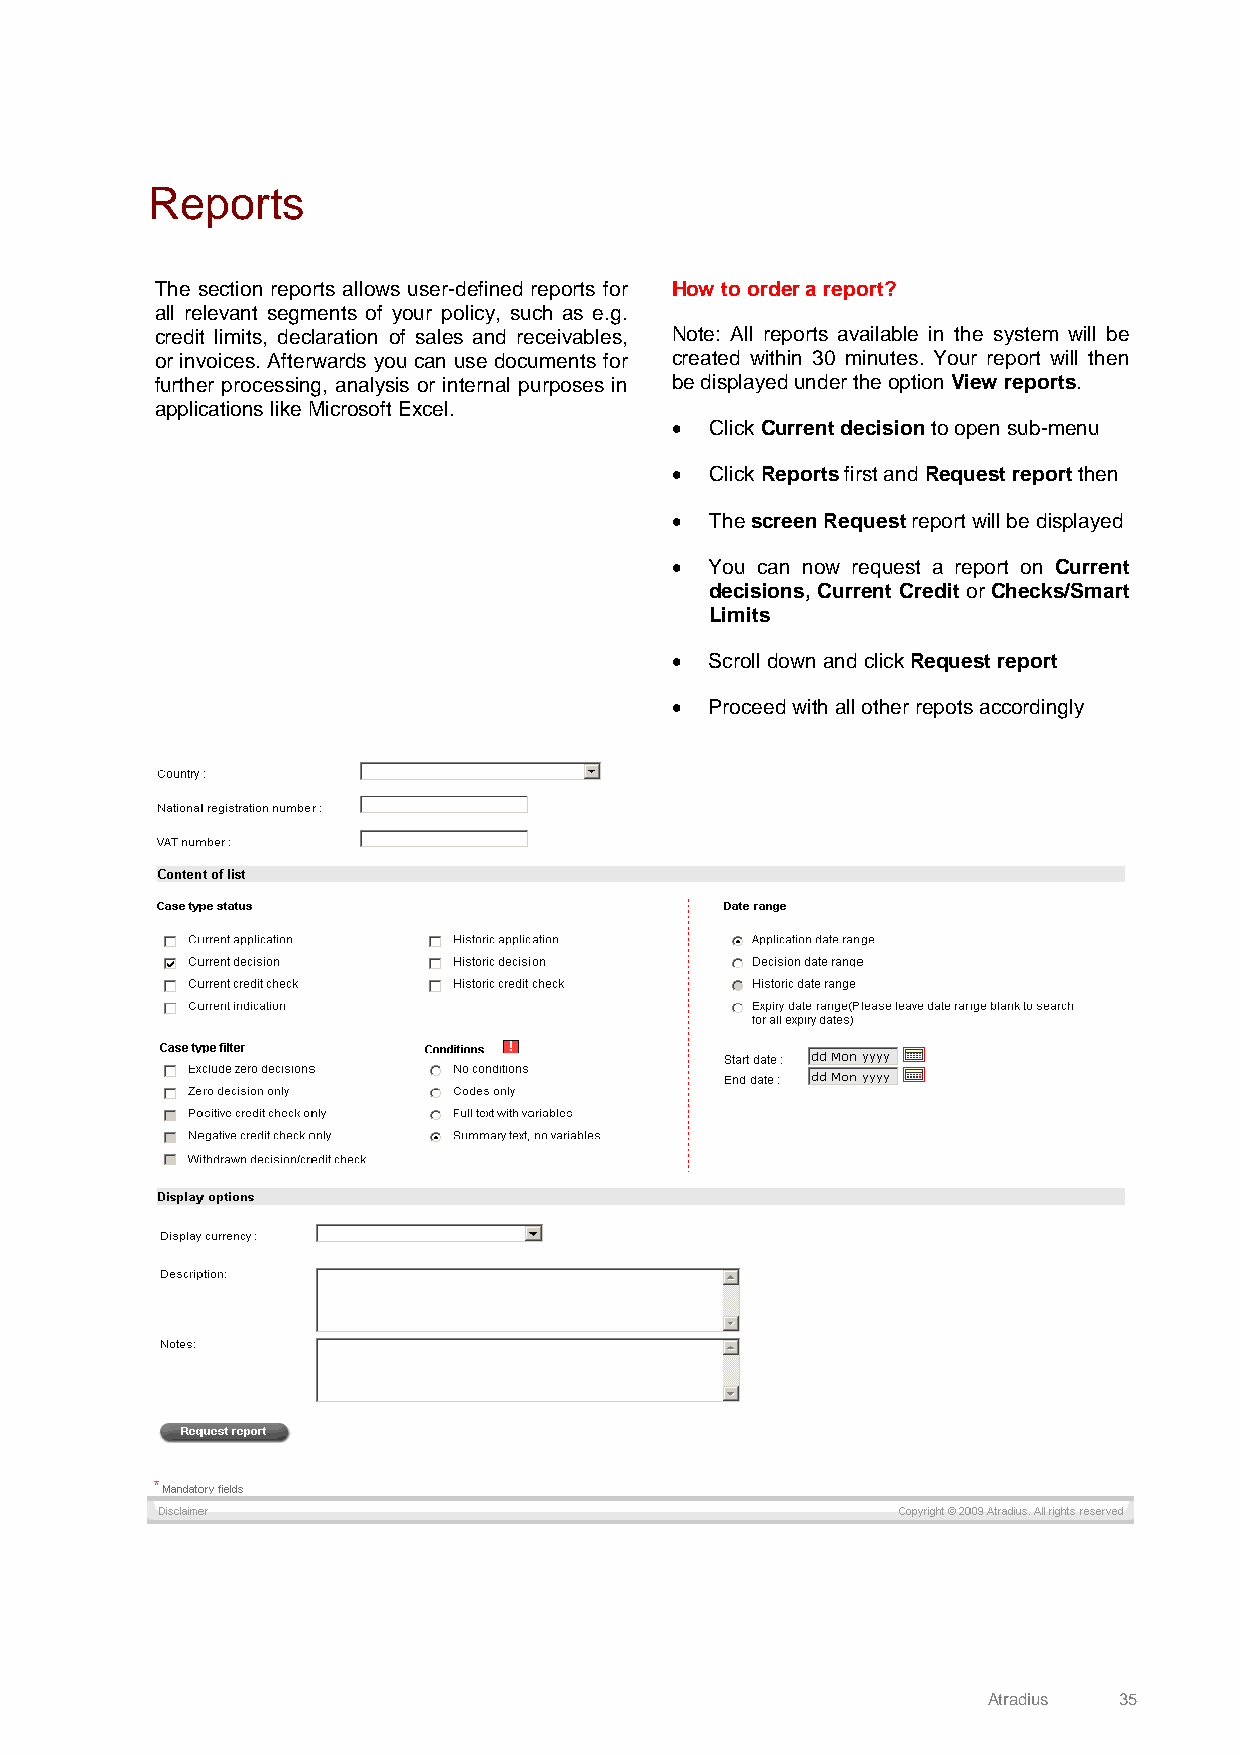
Reports
 The section reports allows user-defined reports for How to order a report?
 all relevant segments of your policy, such as e.g.
 credit limits, declaration of sales and receivables, Note: All reports available in the system will be
 or invoices. Afterwards you can use documents for created within 30 minutes. Your report will then
 further processing, analysis or internal purposes in be displayed under the option View reports.
 applications like Microsoft Excel.
 •  Click Current decision to open sub-menu
 •  Click Reports first and Request report then
 •  The screen Request report will be displayed
 •  You can now request a report on Current
 decisions, Current Credit or Checks/Smart
 Limits
 •  Scroll down and click Request report
 •  Proceed with all other repots accordingly
 Atradius 35